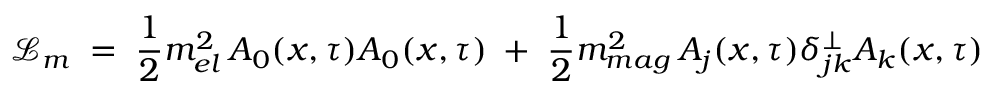
{ \mathcal L } _ { m } \; = \; \frac { 1 } { 2 } m _ { e l } ^ { 2 } \, A _ { 0 } ( x , \tau ) A _ { 0 } ( x , \tau ) \; + \; \frac { 1 } { 2 } m _ { m a g } ^ { 2 } \, A _ { j } ( x , \tau ) \delta _ { j k } ^ { \perp } A _ { k } ( x , \tau )